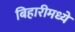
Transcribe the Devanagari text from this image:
बिहारीमध्ये